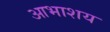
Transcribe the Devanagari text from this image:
आभाशय